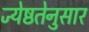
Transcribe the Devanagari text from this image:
ज्येष्ठतेनुसार